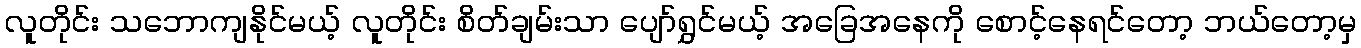
လူတိုင်း သဘောကျနိုင်မယ့် လူတိုင်း စိတ်ချမ်းသာ ပျော်ရွှင်မယ့် အခြေအနေကို စောင့်နေရင်တော့ ဘယ်တော့မှ